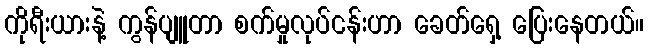
ကိုရီးယားနဲ့ ကွန်ပျူတာ စက်မှုလုပ်ငန်းဟာ ခေတ်ရှေ့ ပြေးနေတယ်။